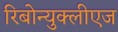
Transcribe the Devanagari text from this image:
रिबोन्युक्लीएज